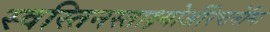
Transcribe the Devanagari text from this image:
स्वस्तिनस्ताक्ष्योर्अरिष्टनेमिः